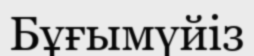
Бұғымүйіз